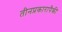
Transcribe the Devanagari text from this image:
तीनप्रकारापैकी